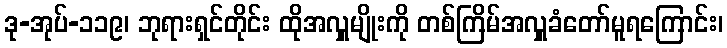
ဒု-အုပ်-၁၁၉၊ ဘုရားရှင်တိုင်း ထိုအလှူမျိုးကို တစ်ကြိမ်အလှူခံတော်မူရကြောင်း၊